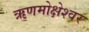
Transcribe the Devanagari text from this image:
ऋणमोक्षेश्वर